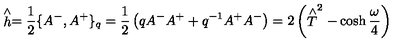
\stackrel { \wedge } { h } = \frac { 1 } { 2 } \{ A ^ { - } , A ^ { + } \} _ { q } = \frac { 1 } { 2 } \left( q A ^ { - } A ^ { + } + q ^ { - 1 } A ^ { + } A ^ { - } \right) = 2 \left( \stackrel { \wedge } { T } ^ { 2 } - \cosh \frac { \omega } { 4 } \right)